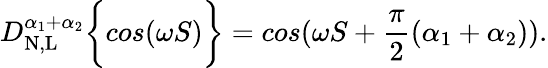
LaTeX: D_{\mathrm{N,L}}^{\alpha_{1}+\alpha_{2}}\bigg\{ {cos(\omega S)\bigg\} }=cos(\omega S+\frac{\pi}{2}(\alpha_{1}+\alpha_{2})).